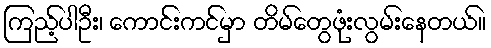
ကြည့်ပါဦး၊ ကောင်းကင်မှာ တိမ်တွေဖုံးလွမ်းနေတယ်။